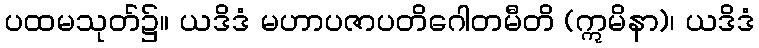
ပထမသုတ်၌။ ယဒိဒံ မဟာပဇာပတိဂေါတမီတိ (ဣမိနာ)၊ ယဒိဒံ